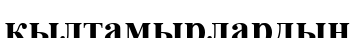
кылтамырлардың